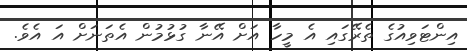
އިންޓަވިއުގެ ތެރޭގައި އެ މީހާ އަށް އޭނާ ގުޅުމުން އެތަނަށް އަ އެވެ.